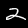
Digit: 2